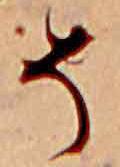
そ